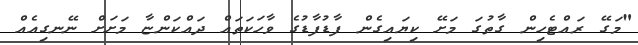
"މަގޭ ރައްޓެހިން ގާތުގަ މަށޭ ކިޔައިގެން ފާޑުފާޑުގެ ވާހަކަތައް ދައްކަންޏާ މަށަށް ނޭނގިއެއް